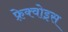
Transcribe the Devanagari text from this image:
फ़्रेक्वोइस